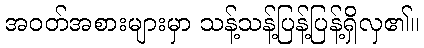
အဝတ်အစားများမှာ သန့်သန့်ပြန့်ပြန့်ရှိလှ၏။